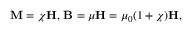
\mathbf { M } = \chi \mathbf { H } , \, \mathbf { B } = \mu \mathbf { H } = \mu _ { 0 } ( 1 + \chi ) \mathbf { H } ,